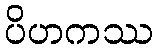
ပိဟကဿ